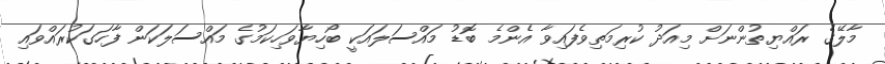
މާލޭގެ ރައްޔިތުންނަށް މިއަދު ކުރިމަތިވެފައިވާ އެންމެ ބޮޑު މައްސަލައަކީ ބޯހިޔާވަހިކަމުގެ މައްސަލަކަން ފާހަގަކުރައްވައި